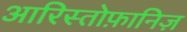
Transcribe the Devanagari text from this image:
आरिस्तोफ़ानिज़